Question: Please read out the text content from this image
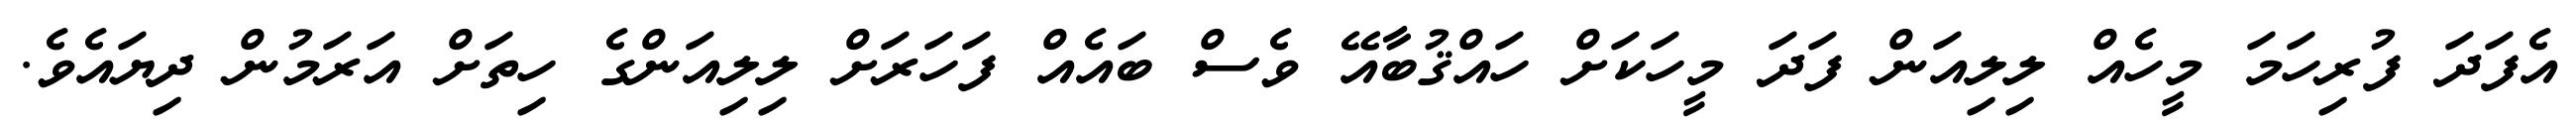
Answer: އެފަދަ ފުރިހަމަ މީހެއް ލިލިއަން ފަދަ މީހަކަށް ހައްޤުބާއޭ ވެސް ބައެއް ފަހަރަށް ލިލިއަންގެ ހިތަށް އަރަމުން ދިޔައެވެ.